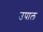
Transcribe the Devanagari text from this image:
उपाल